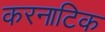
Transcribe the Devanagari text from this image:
करनाटिक